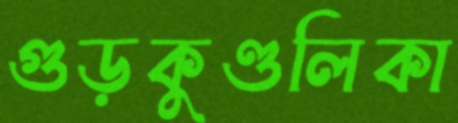
গুড়কুণ্ডলিকা